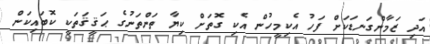
އަދި ޒަމާންގަނޑަކަށް ފަހު އެކިމީހުން އެކި ގޮތަށް ކިޔާ ތަންތަނުގެ ޙަޤީޤަތަކީ ކޮބައިކަން